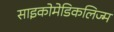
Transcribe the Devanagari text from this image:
साइकोमेडिकलिज्म